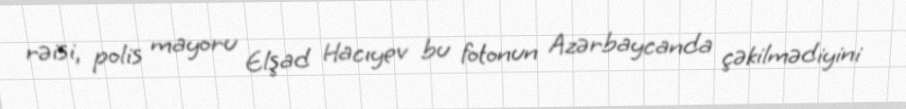
rəisi, polis mayoru Elşad Hacıyev bu fotonun Azərbaycanda çəkilmədiyini